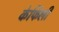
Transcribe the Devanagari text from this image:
केर्फिली